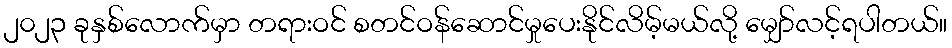
၂၀၂၃ ခုနှစ်လောက်မှာ တရားဝင် စတင်ဝန်ဆောင်မှုပေးနိုင်လိမ့်မယ်လို့ မျှော်လင့်ရပါတယ်။